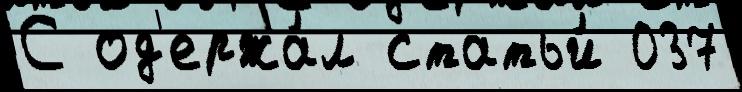
С од'ержа́л статьи́ 037